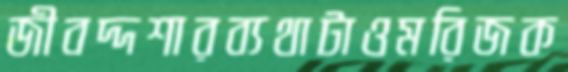
জীবদ্দশারব্যথাটাওমরিজক